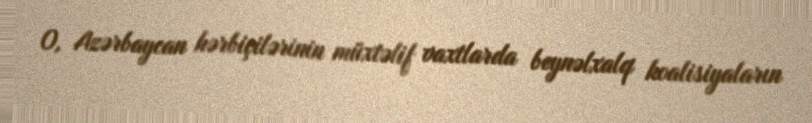
O, Azərbaycan hərbiçilərinin müxtəlif vaxtlarda beynəlxalq koalisiyaların